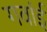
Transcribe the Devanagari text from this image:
गवांई